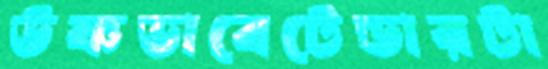
উষ্ণভাবেটেন্ডারটা